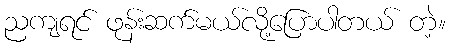
ညကျရင် ဖုန်းဆက်မယ်လို့ပြောပါတယ် တဲ့။